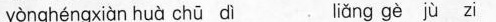
yònghéngxiàn huà chū dì liǎng gè jù Zi